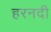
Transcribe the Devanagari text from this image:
हरनदी